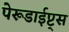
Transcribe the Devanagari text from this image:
पेरूडाईप्ट्स